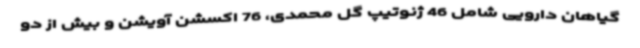
گیاهان دارویی شامل 46 ژنوتیپ گل محمدی، 76 اکسشن آویشن و بیش از دو